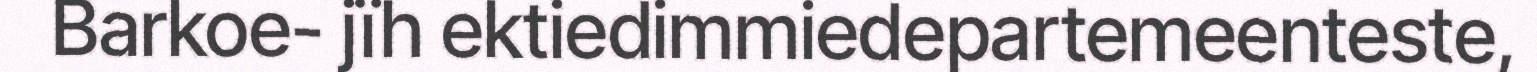
Barkoe- jïh ektiedimmiedepartemeenteste,